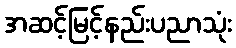
အဆင့်မြင့်နည်းပညာသုံး